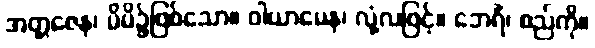
အတ္တဇေန၊ မိမိ၌ဖြစ်သော။ ဝါယာမေန၊ လုံ့လဖြင့်။ ဘေရိံ၊ စည်ကို။